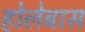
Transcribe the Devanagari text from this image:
होलेबास